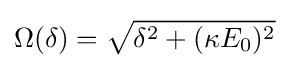
\Omega (\delta )={\sqrt {\delta ^{2}+(\kappa E_{0})^{2}}}